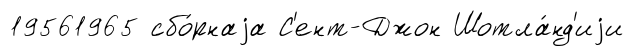
19561965 сбо́рнаjа С'ент-Джон Шотла́нд'иjи